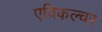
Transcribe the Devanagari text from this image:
एविकल्चर